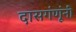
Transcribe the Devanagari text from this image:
दासगंणूंनी